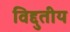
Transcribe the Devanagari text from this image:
विद्दुतीय